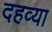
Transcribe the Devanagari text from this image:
दहव्या